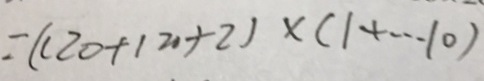
= ( 1 2 0 + 1 2 0 + 2 ) \times ( 1 + \cdots 1 0 )